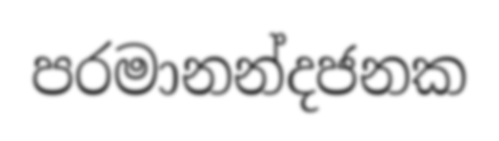
පරමානන්දජනක